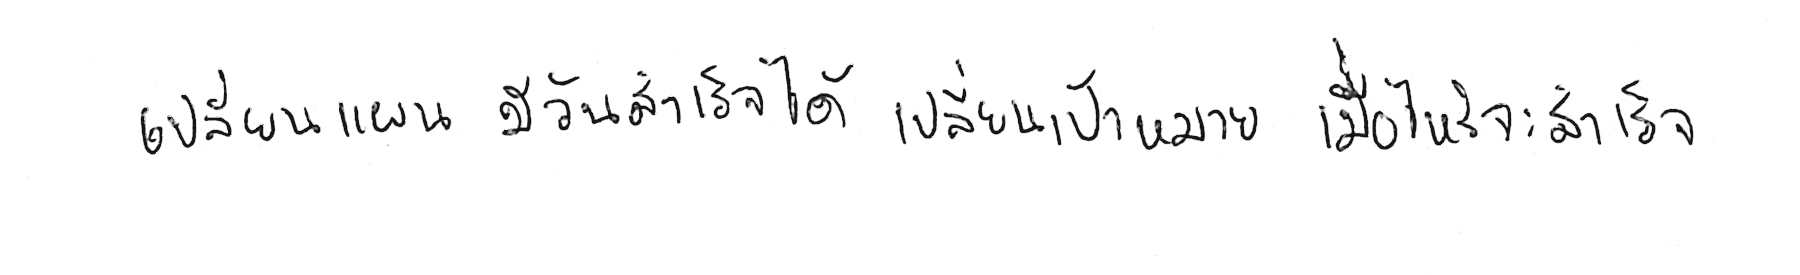
เปลี่ยนแผน มีวันสำเร็จได้ เปลี่ยนเป้าหมาย เมื่อไหร่จะสำเร็จ